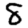
Digit: 8